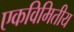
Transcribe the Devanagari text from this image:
एकविमितीय